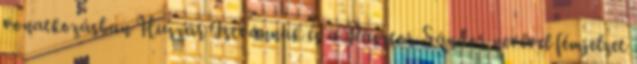
vonatkozásban Huszár Istvánnak és a Pásztor Sándor nevével fémjelzet